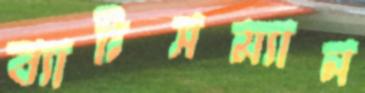
ব্যাটসম্যান